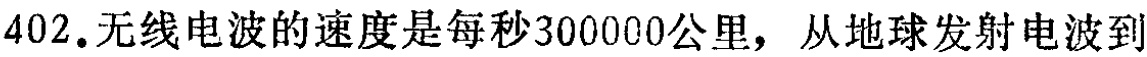
402. 无线电波的速度是每秒300000公里，从地球发射电波到